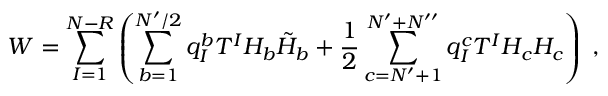
{ \cal W } = \sum _ { I = 1 } ^ { N - R } \left( \sum _ { b = 1 } ^ { N ^ { \prime } / 2 } q _ { I } ^ { b } T ^ { I } H _ { b } \tilde { H } _ { b } + \frac { 1 } { 2 } \sum _ { c = N ^ { \prime } + 1 } ^ { N ^ { \prime } + N ^ { \prime \prime } } q _ { I } ^ { c } T ^ { I } H _ { c } H _ { c } \right) \; ,